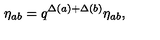
\eta _ { a b } = q ^ { \Delta ( a ) + \Delta ( b ) } \eta _ { a b } ,